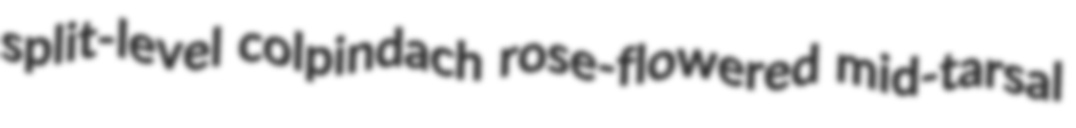
split-level colpindach rose-flowered mid-tarsal